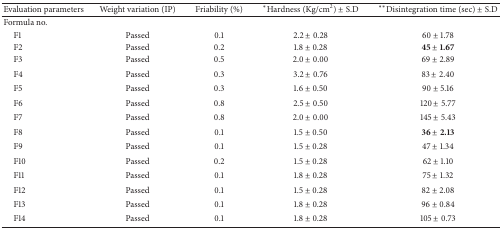
| Evaluation parameters | Weight variation (IP) | Friability (%) | *Hardness (Kg/cm2) ± S.D | **Disintegration time (sec) ± S.D |
 | --- | --- | --- | --- | --- |
 | Formula no. |  |  |  |  |
 | F1 | Passed | 0.1 | 2.2 ± 0.28 | 60 ± 1.78 |
 | F2 | Passed | 0.2 | 1.8 ± 0.28 | 45 ± 1.67 |
 | F3 | Passed | 0.5 | 2.0 ± 0.00 | 69 ± 2.89 |
 | F4 | Passed | 0.3 | 3.2 ± 0.76 | 83 ± 2.40 |
 | F5 | Passed | 0.3 | 1.6 ± 0.50 | 90 ± 5.16 |
 | F6 | Passed | 0.8 | 2.5 ± 0.50 | 120 ± 5.77 |
 | F7 | Passed | 0.8 | 2.0 ± 0.00 | 145 ± 5.43 |
 | F8 | Passed | 0.1 | 1.5 ± 0.50 | 36 ± 2.13 |
 | F9 | Passed | 0.1 | 1.5 ± 0.28 | 47 ± 1.34 |
 | F10 | Passed | 0.2 | 1.5 ± 0.28 | 62 ± 1.10 |
 | F11 | Passed | 0.1 | 1.8 ± 0.28 | 75 ± 1.32 |
 | F12 | Passed | 0.1 | 1.5 ± 0.28 | 82 ± 2.08 |
 | F13 | Passed | 0.1 | 1.8 ± 0.28 | 96 ± 0.84 |
 | F14 | Passed | 0.1 | 1.8 ± 0.28 | 105 ± 0.73 |